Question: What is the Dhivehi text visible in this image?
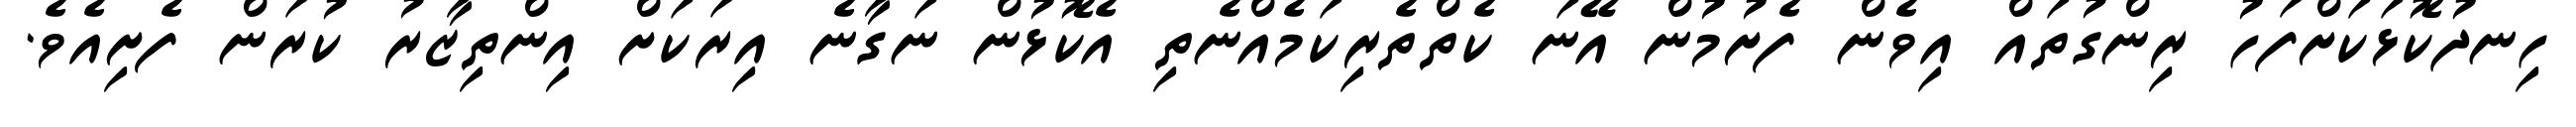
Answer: ހިނދުކޮޅަކަށްފަހު ރިންގުތައް އިވެން ފެށުމުން އޭނަ ކެތްތެރިކަމެއްނެތި އެކޮޅުން ނަގާނެ އިރަކަށް އިންތިޒާރު ކުރަން ފެށިއެވެ.